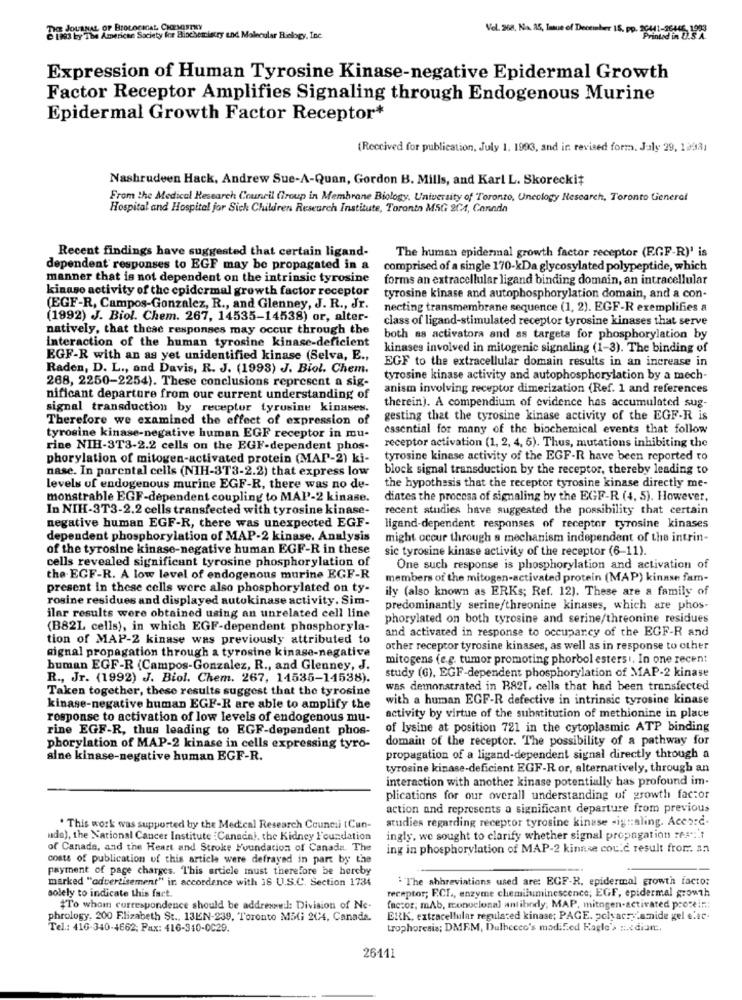
ICE JOURNAL OF BIOLOGICAL CHEMISTRY
Vel. 268, Na. 35, Issue of December 18. pp. 3641-2640
American Society for Biochemistry and Molecular Biology, Inc
Expression of Human Tyrosine Kinase-negative Epidermal Growth
Factor Receptor Amplifies Signaling through Endogenous Murine
Epidermal Growth Factor Receptor*
(Received for publication, July 1. 1993, and in revised form. Jaly 29, 12931
Nashrudeen Hack, Andrew Sue-A-Quan, Gordon B. Mills, and Karl L. Skoreckit
From the Medical Research Council Group in Membrane Biology, University of Toronto, Uncology Research, Toronto General
Hospital and Hospital jor Sick Children Research Institute, Toronto MSG 2C4, Canada
Recent findings have suggested that certain ligand-
The human epidermal growth factor receptor (E.GF-R)' is
dependent responses to EGF may be propagated in a
comprised of a single 170-kDa glycosylated polypeptide, which
manner that is not dependent on the intrinsic tyrosine
forms an extracellular ligand binding domain, an intracellular
kinase activity of the epidermal growth factor receptor
tyrosine kinase and autophosphorylation domain, and a con-
(EGF-R, Campos-Gonzalez, R ., and Glenney, J. R ., Jr.
necting transmembrane sequence (1, 2). EGF-R exemplifies a
(1992) J. Biol. Chem. 267, 14535-14538) or, alter-
class of ligand-stimulated receptor tyrosine kinases that serve
natively, that these responses may occur through the
interaction of the human tyrosine kinase-deficient
both as activatora and as targets for phosphorylation by
kinases involved in mitogenic signaling (1-3). The binding of
EGF-R with an as yet unidentified kinase (Selva, E .,
EGF to the extracellular domain results in an increase in
Raden, D. L ., and Davis, R. J. (1993) J. Biol. Chem.
tyrosine kinase activity and autophosphorylation by a mech-
268, 2250-2254). These conclusions represent a sig-
anism involving receptor dimerization (Ref. 1 and references
nificant departure from our current understanding of
therein). A compendium of evidence has accumulated sug-
signal transduction by receptor tyrusine kinases.
Therefore we examined the effect of expression of
gesting that the tyrosine kinase activity of the EGF-R is
essential for many of the biochemical events that follow
tyrosine kinase-negative human EGF receptor in mu-
rine NIH-3T3-2.2 cells on the EGF-dependent phos-
receptor activation (1, 2, 4, 5). Thus, mutations inhibiting the
phorylation of mitogen-activated protein (MAP-2) ki-
tyrosine kinase activity of the EGF-R have been reported to
nase. In parental cells (NIH-3T3-2.2) that express low
block signal transduction by the receptor, thereby leading to
levels of endogenous murine EGF-R, there was no de-
the hypothesis that the receptor tyrosine kinase directly me-
monstrable EGF-dependent coupling to MAP-2 kinase.
diates the process of signaling by the EGF-R (4, 5). However,
In NIH-3T3-2.2 cells transfected with tyrosine kinase-
recent studies have suggested the possibility that certain
negative human EGF-R, there was unexpected EGF-
ligand-dependent responses of receptor tyrosine kinases
dependent phosphorylation of MAP-2 kinase. Analysis
might occur through a mechanism independent of the intrin-
of the tyrosine kinase-negative human EGF-R in these
sic tyrosine kinase activity of the receptor (6-11).
cells revealed significant tyrosine phosphorylation of
One such response is phosphorylation and activation of
the EGF-R. A low level of endogenous murine EGF-R
members of the mitogen-activated protein (MAP) kinase fam-
present in these cells were also phosphorylated on ty-
ily (also known as ERKs; Ref. 12). These are a family of
rosine residues and displayed autokinase activity. Sim-
predominantly serine/threonine kinases, which are phos-
ilar results were obtained using an unrelated cell line
phorylated on both tyrosine and serine/threonine residues
(B821 cells), in which EGF-dependent phosphoryla-
and activated in response to occuparcy of the EGF-R and
tion of MAP-2 kinase was previously attributed to
aignal propagation through a tyrosine kinase-negative
other receptor tyrosine kinases, as well as in response to other
mitogens (e.g. tumor promoting phorbol estersi, In one recent
buman EGF-R (Campos-Gonzalez, R ., and Glenney, J.
study (G), EGF-dependent phosphorylation of MAP-2 kinase
R ., Jr. (1992) J. Biol. Chem. 267, 14535-14538).
Taken together, these results suggest that the tyrosine
was demonstrated in B821, cells that had been transfected
with a human EGF-R defective in intrinsic tyrosine kinase
kinase-negative human EGF-R are able to amplify the
response to activation of low levels of endogenous mu-
activity by virtue of the substitution of methionine in place
rine EGF-R, thus leading to EGF-dependent phos-
of lysine at position 721 in the cytoplasmic ATP binding
domain of the receptor. The possibility of a pathway for
phorylation of MAP-2 kinase in cells expressing tyro-
aine kinase-negative human EGF-R.
propagation of a ligand-dependent signal directly through a
tyrosine kinase-deficient EGF-R or, alternatively, through an
interaction with another kinase potentially has profound im-
plications for our overall understanding of growth factor
action and represents a significant departure from previous
studies regarding receptor tyrosine kinase -ig :: aling. Accorc.
. This work was supported by the Medical Research Council (Cun-
wda), the National Cancer Institute :Canadal, the Kidney Foundation
ingly. we sought to clarify whether signal propagation ?es" :. t
of Canada, and the Heart and Stroke Foundation of Canada. The
ing in phosphorylation of MAP-2 kinnse could result from. an
costs of publication of this article were defrayed in part by the
payment of page charges. This article must therefore be hereby
marked "advertisement" in accordance with 16 U.S.C. Section 1734
" The abbreviations used are: EGF-R. epidermal growth factor
solely to indicate this fact.
receptor; E.CL ., enzyme chemiluminescence; EGF, epidermal growth
"To whom correspondence should be addresse:]: Division of Ne-
factor, mAb, Econoclonal antibody; MAP, mitogen-activated proteini
phrology. 200 Elizabeth St ., 13EN-239, Toronto MSG 204, Canada.
ERK, extracellular regulated kinase; PAGE. polyacrylamide gel elec-
Tel .: 416-340-4662; Pax: 416-310-0C29.
trophoresis; DMEM, Dulbecco's modified Ragle's ::. diam ..
26111